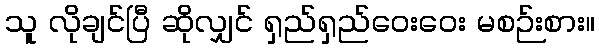
သူ လိုချင်ပြီ ဆိုလျှင် ရှည်ရှည်ဝေးဝေး မစဉ်းစား။